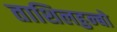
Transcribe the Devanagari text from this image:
ताशिलहुन्बो